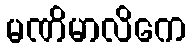
မဏိမာလိကေ